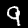
Label: 9